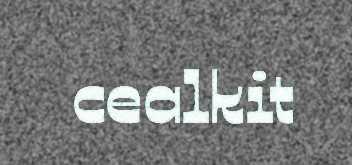
cealkit